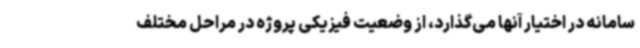
سامانه در اختیار آنها می‌گذارد، از وضعیت فیزیکی پروژه در مراحل مختلف